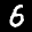
Label: 6